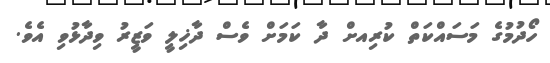
ހޯދުމުގެ މަސައްކަތް ކުރިއށް ދާ ކަމަށް ވެސް ދާޚިލީ ވަޒީރު ވިދާޅުވި އެވެ.